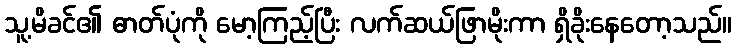
သူ့မိခင်၏ ဓာတ်ပုံကို မော့ကြည့်ပြီး လက်ဆယ်ဖြာမိုးကာ ရှိခိုးနေတော့သည်။